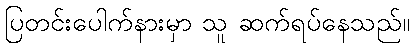
ပြတင်းပေါက်နားမှာ သူ ဆက်ရပ်နေသည်။